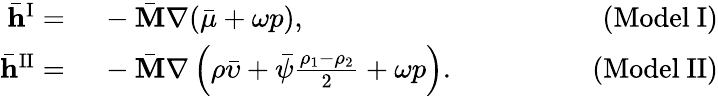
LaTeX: \begin{array}{rlr}{\bar{\mathbf{h}}^{\mathrm{I}}=}&{~-\bar{\mathbf{M}}\nabla(\bar{\mu}+\omega p),\quad\quad\quad\quad}&{(\mathrm{Model~I})}\\ {\bar{\mathbf{h}}^{\mathrm{II}}=}&{~-\bar{\mathbf{M}}\nabla\left(\rho\bar{\upsilon}+\bar{\psi}\frac{\rho_{1}-\rho_{2}}{2}+\omega p\right).\quad\quad\quad\quad}&{(\mathrm{Model~II})}\end{array}